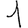
Digit: 1